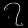
Digit: ၇